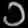
Digit: ၁